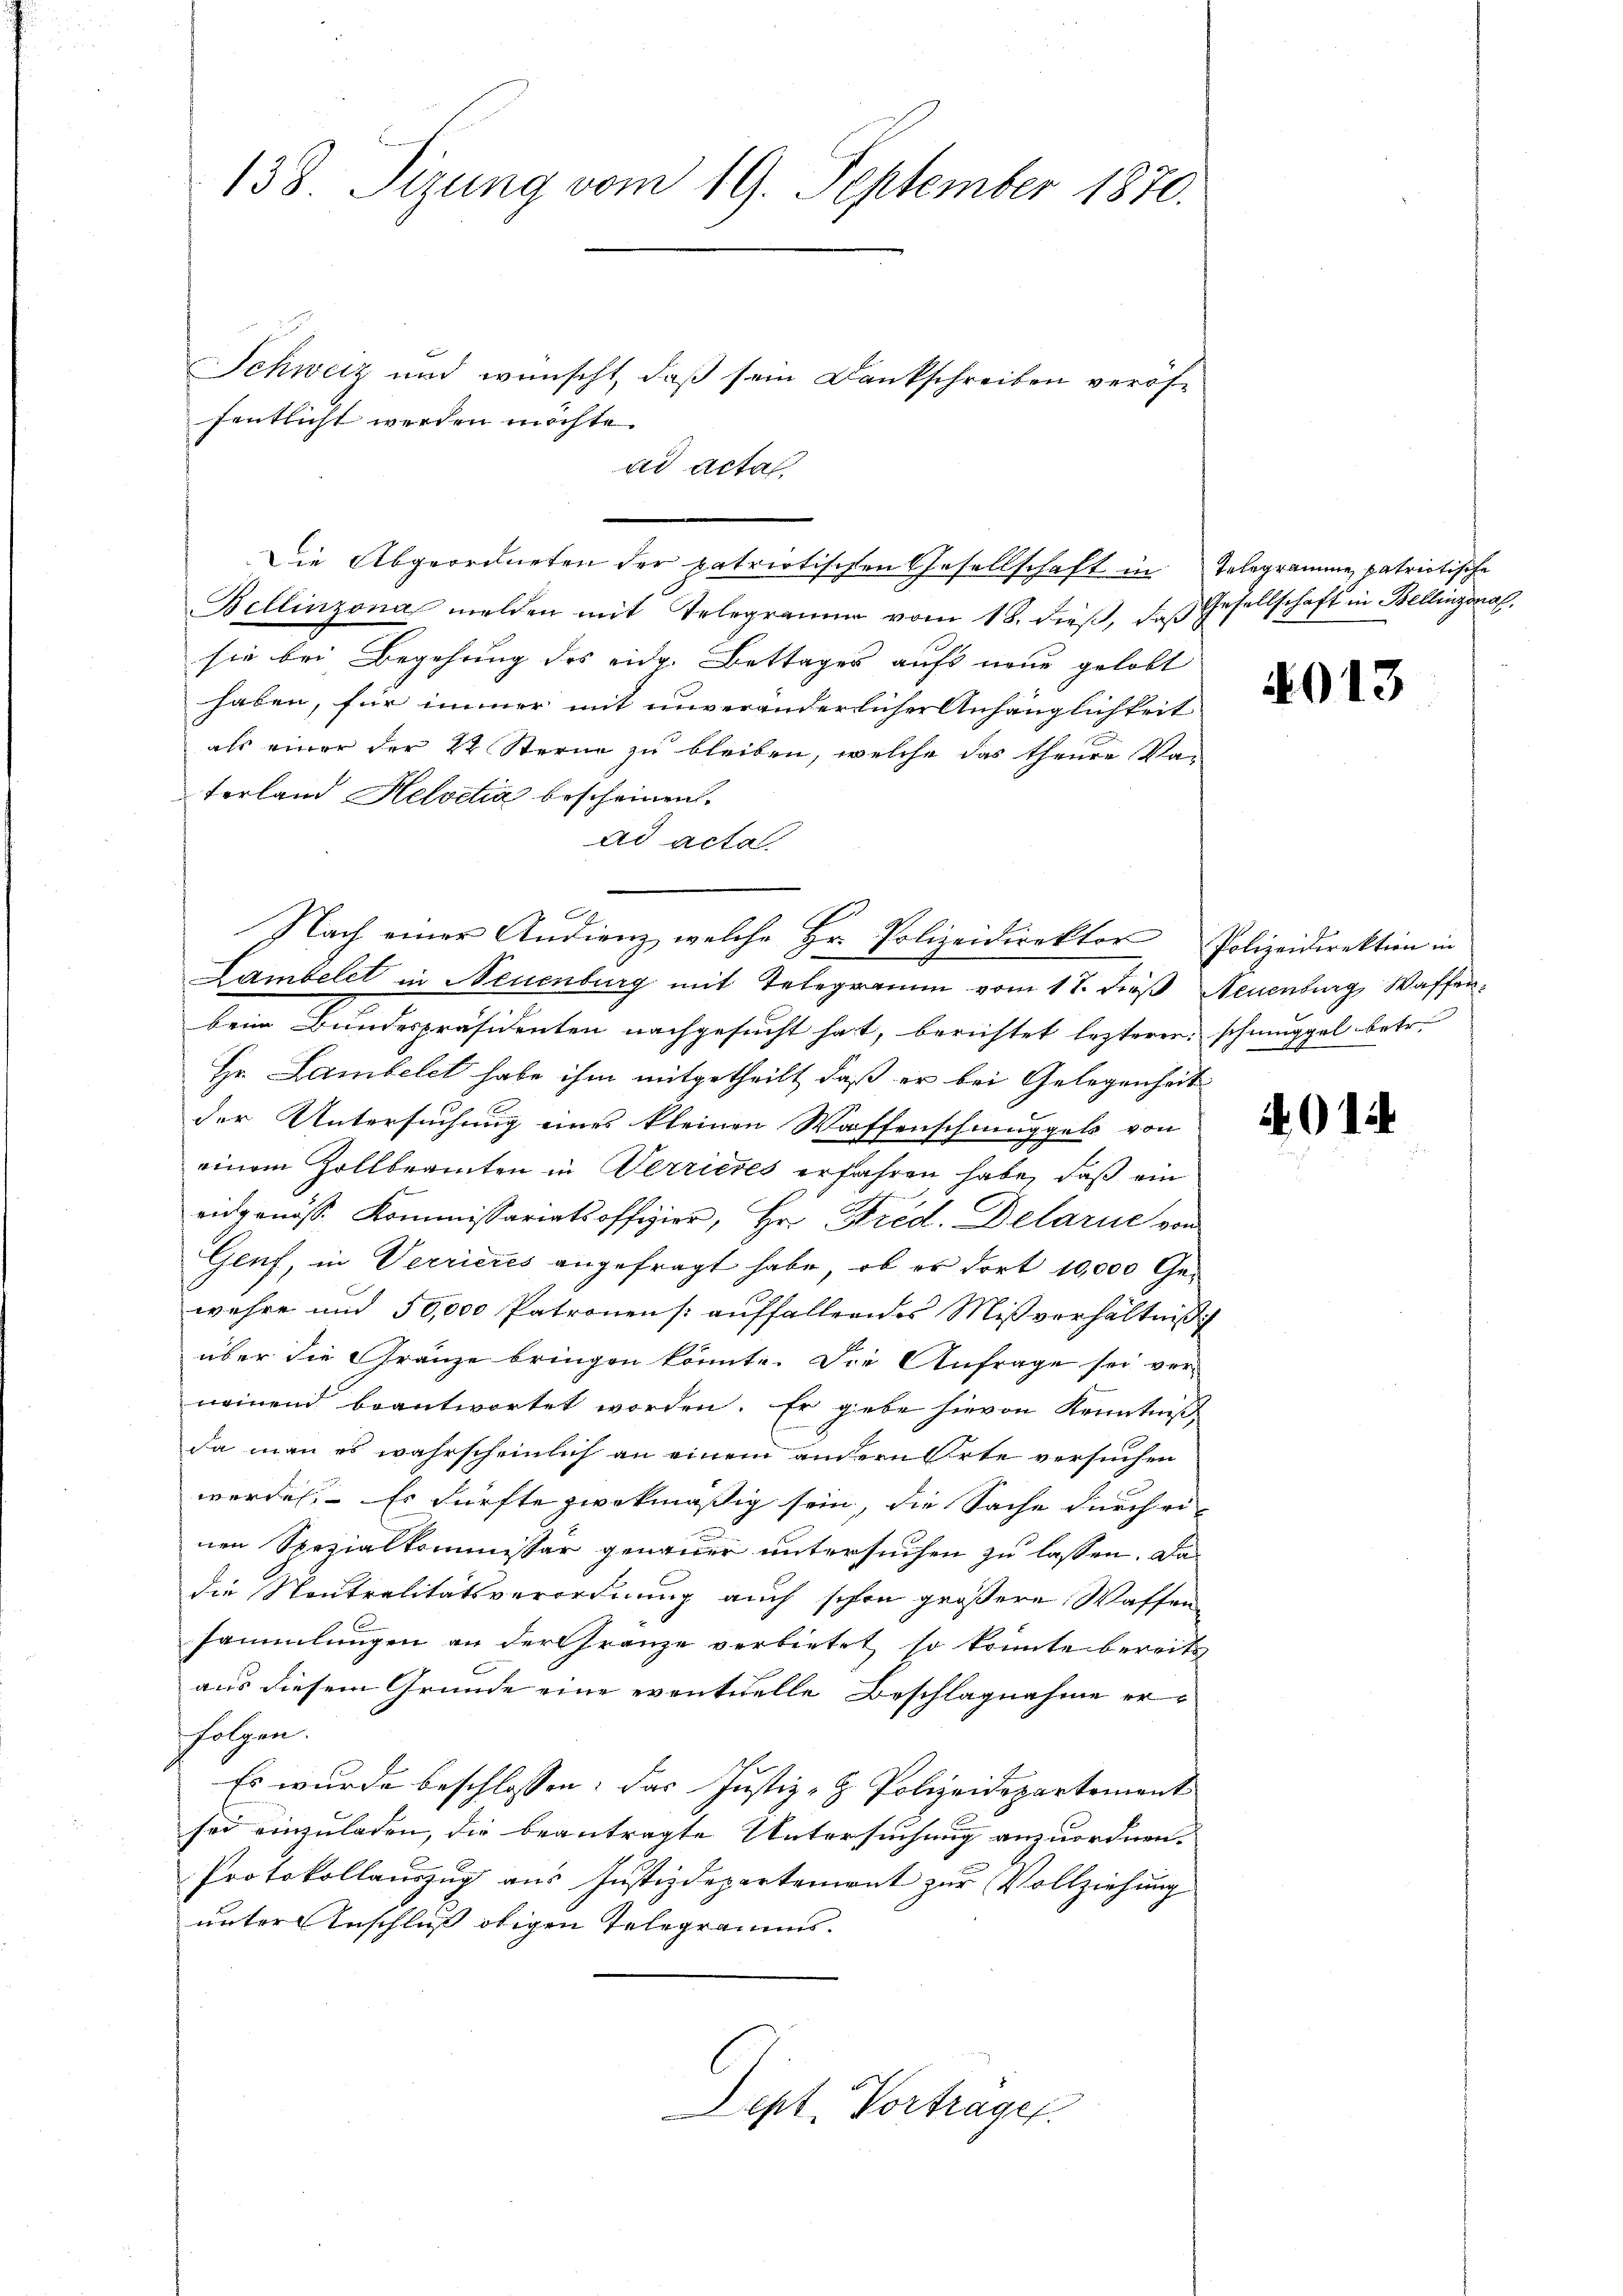
138. Sizung vom 19. September 1870.

Schweiz und wünscht, daß sein Dankschreiben veröffentlicht werden möchte.
ad acta,
Bellinzona melden mit Telegramm vom 18. dieβ, das Gesellschaft in Bellinzona,
sie bei Begehung des eidg. Bettages aufs neue gelobt
haben, für immer mit unveränderlicher Anhänglichkeit
als einer der 22 Sterne zu bleiben, welche das theure Va-
terland Helvetia bescheinen.
ad acta.
Lambelet in Neuenburg mit Telegramm vom 17. dieß Neuenburg, Waffenbeim Bundespräsidenten nachgesucht hat, berichtet lezterer schnuppel betr.
Hr. Lambelet habe ihm mitgetheilt, daß er bei Gelegenheit
der Untersuchung eines kleinen Waffenschmuggels von
einem Zollbeamten in Terrieres erfahren habe, daß ein
eidgenösse Kommissariatsoffizier, Hr. Frid. Delarie von
Genf, in Verrieres angefragt habe, ob er dort 10,000 Gewehre und 50,000 Patronen [auffallendes Mißverhältniß
über die Gränze bringen könnte. Die Anfrage sei vorneinend beantwortet worden. Er gebe hievon Kenntniß
da man es wahrscheinlich an einem andern Orte versuchen
werden. Es dürfte zwekmäßig sein, die Sache durch ei
nen Spezialkommissär genauer untersuchen zu lassen. Dadie Neutralitätsverordnung auch schon größere Waffen
sammlungen an der Franze verbietet so könnte bereits
aus diesem Grunde eine eventuelle Beschlagnahme erfolgen.
Es wurde beschlossen: das Justiz- & Polizeidepartement
sei einzuladen, die beantragte Untersuchung anzuordnen.
Protokollauszug aus Justizdepartement zur Vollziehung
unter Anschluß obigen Telegramms.
Dept. Vortrages.

Nach einer Andienz, welche Hr. Polizeidirektor Polizeidirektion in

Die Abgeordneten der patriotischen Gesellschaft in Telegramme patriotische

013

4012